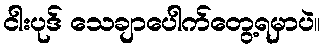
ငါးပုဒ် သေချာပေါက်တွေ့ရမှာပဲ။